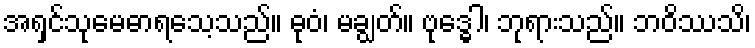
အရှင်သုမေဓာရသေ့သည်။ ဓုဝံ၊ မချွတ်။ ဗုဒ္ဓေါ၊ ဘုရားသည်။ ဘဝိဿသိ၊